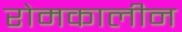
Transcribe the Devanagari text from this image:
रोमकालीन